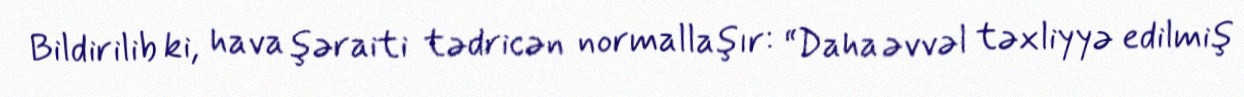
Bildirilib ki, hava şəraiti tədricən normallaşır: “Daha əvvəl təxliyyə edilmiş